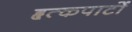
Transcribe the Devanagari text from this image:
हृत्कपाटों